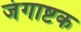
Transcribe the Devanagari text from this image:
जंगाष्टक